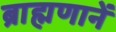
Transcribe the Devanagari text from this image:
ब्राह्मणानें